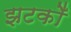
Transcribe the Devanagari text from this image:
झटकोँ